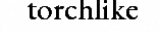
torchlike